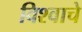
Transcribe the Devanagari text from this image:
विश्‍वाचे